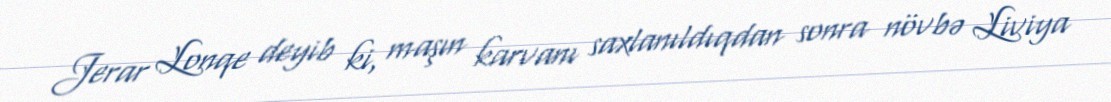
Jerar Lonqe deyib ki, maşın karvanı saxlanıldıqdan sonra növbə Liviya